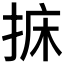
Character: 𢭩